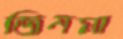
জিনমা